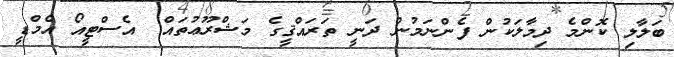
ބަލާލި ކޮންމެ ދިމާލަކުން ފެންނަމުން ދަނީ ތަރައްޤީގެ މަޝްރޫޢުތައް  އެސްޓީއޯ އެމްޑީ